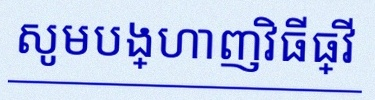
សូមបង្ហាញវិធីធ្វើ